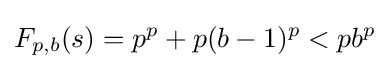
F_{p,b}(s)=p^{p}+p(b-1)^{p}<pb^{p}